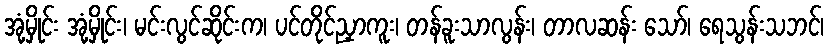
အုံ့မှိုင်း အုံ့မှိုင်း၊ မင်းလွင်ဆိုင်းက၊ ပင်တိုင်ညှာကူး၊ တန်ခူးသာလွန်း၊ တာလဆန်း သော်၊ ရေသွန်းသဘင်၊